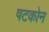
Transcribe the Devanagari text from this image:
षटकोन